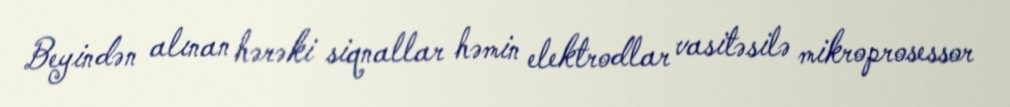
Beyindən alınan hərəki siqnallar həmin elektrodlar vasitəsilə mikroprosessor